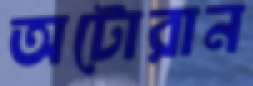
অটোরান